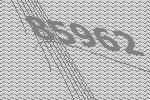
85962